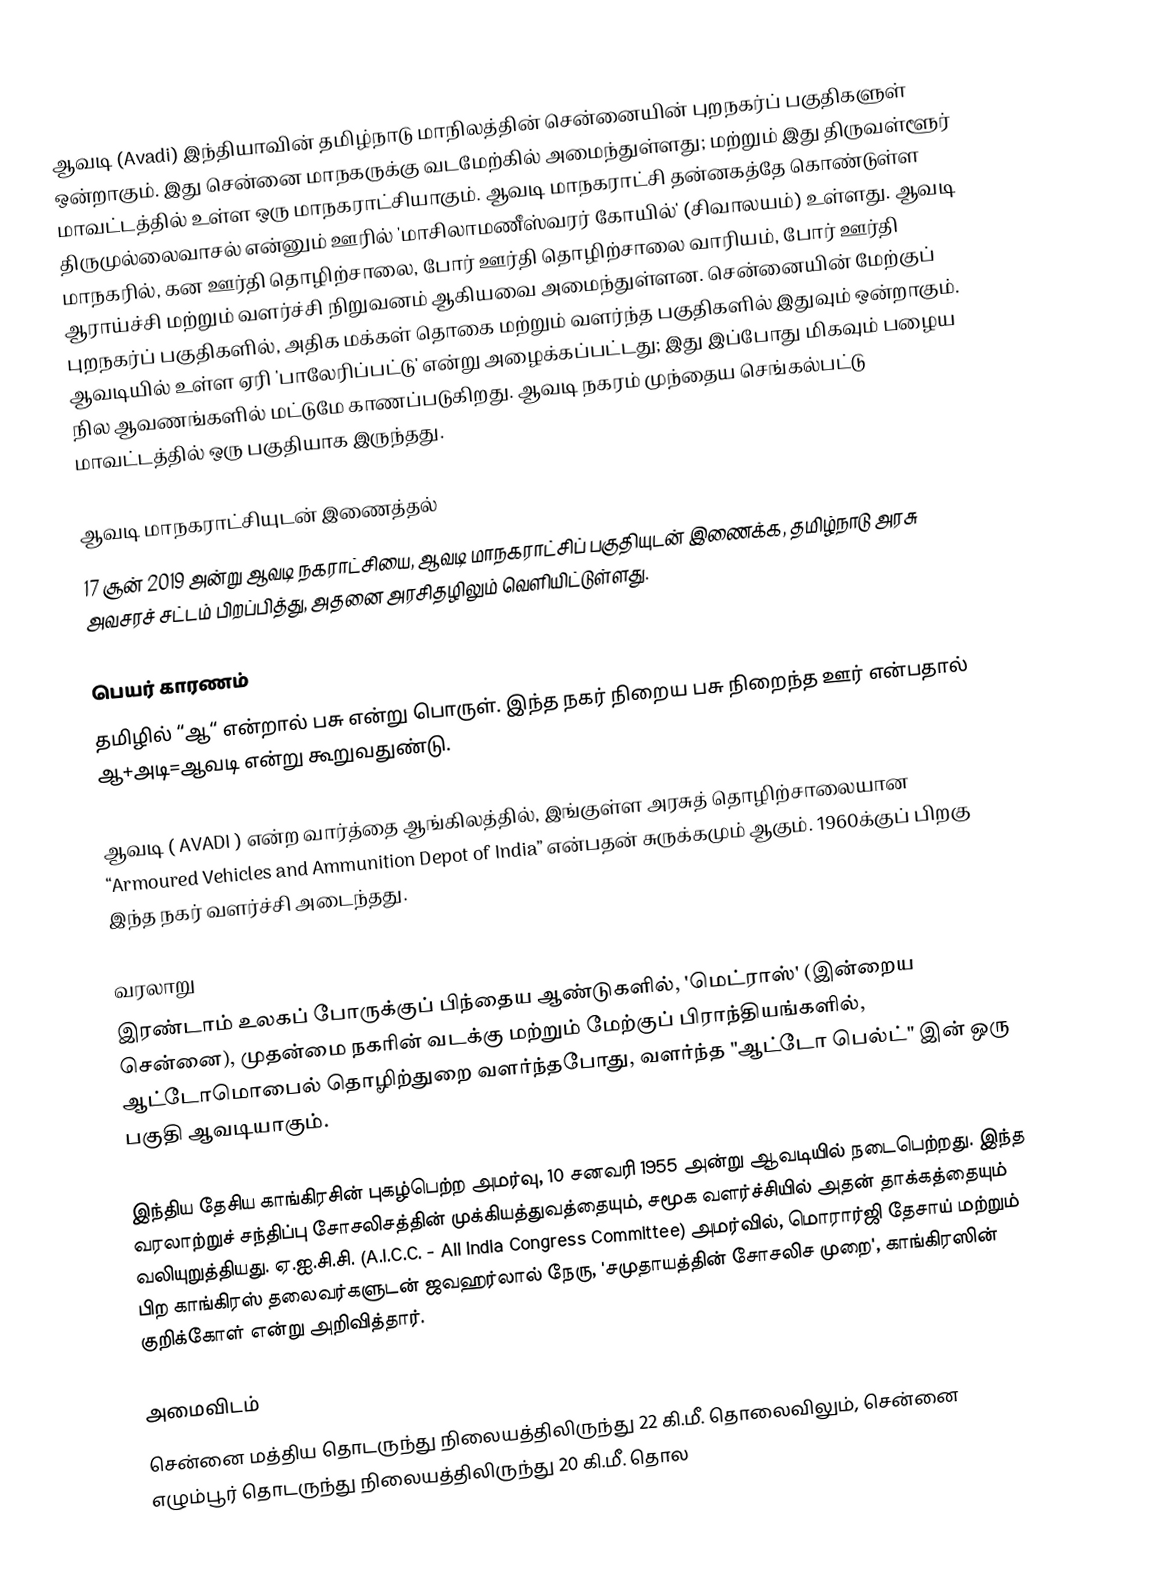
ஆவடி (Avadi) இந்தியாவின் தமிழ்நாடு மாநிலத்தின் சென்னையின் புறநகர்ப் பகுதிகளுள் ஒன்றாகும். இது சென்னை மாநகருக்கு வடமேற்கில் அமைந்துள்ளது; மற்றும் இது திருவள்ளூர் மாவட்டத்தில் உள்ள ஒரு மாநகராட்சியாகும். ஆவடி மாநகராட்சி தன்னகத்தே கொண்டுள்ள திருமுல்லைவாசல் என்னும் ஊரில் 'மாசிலாமணீஸ்வரர் கோயில்' (சிவாலயம்) உள்ளது. ஆவடி மாநகரில், கன ஊர்தி தொழிற்சாலை, போர் ஊர்தி தொழிற்சாலை வாரியம், போர் ஊர்தி ஆராய்ச்சி மற்றும் வளர்ச்சி நிறுவனம் ஆகியவை அமைந்துள்ளன. சென்னையின் மேற்குப் புறநகர்ப் பகுதிகளில், அதிக மக்கள் தொகை மற்றும் வளர்ந்த பகுதிகளில் இதுவும் ஒன்றாகும். ஆவடியில் உள்ள ஏரி 'பாலேரிப்பட்டு' என்று அழைக்கப்பட்டது; இது இப்போது மிகவும் பழைய நில ஆவணங்களில் மட்டுமே காணப்படுகிறது. ஆவடி நகரம் முந்தைய செங்கல்பட்டு மாவட்டத்தில் ஒரு பகுதியாக இருந்தது.

ஆவடி மாநகராட்சியுடன் இணைத்தல்
17 சூன் 2019 அன்று ஆவடி நகராட்சியை, ஆவடி மாநகராட்சிப் பகுதியுடன் இணைக்க, தமிழ்நாடு அரசு அவசரச் சட்டம் பிறப்பித்து,  அதனை அரசிதழிலும்   வெளியிட்டுள்ளது.

பெயர் காரணம்
தமிழில் “ஆ“ என்றால் பசு என்று பொருள். இந்த நகர் நிறைய பசு நிறைந்த ஊர் என்பதால் ஆ+அடி=ஆவடி என்று கூறுவதுண்டு.

ஆவடி ( AVADI ) என்ற வார்த்தை ஆங்கிலத்தில், இங்குள்ள அரசுத் தொழிற்சாலையான  “Armoured Vehicles and Ammunition Depot of India” என்பதன் சுருக்கமும் ஆகும். 1960க்குப் பிறகு இந்த நகர் வளர்ச்சி அடைந்தது.

வரலாறு
இரண்டாம் உலகப் போருக்குப் பிந்தைய ஆண்டுகளில், 'மெட்ராஸ்' (இன்றைய சென்னை), முதன்மை நகரின் வடக்கு மற்றும் மேற்குப் பிராந்தியங்களில், ஆட்டோமொபைல் தொழிற்துறை வளர்ந்தபோது, வளர்ந்த "ஆட்டோ பெல்ட்" இன் ஒரு பகுதி ஆவடியாகும்.

இந்திய தேசிய காங்கிரசின் புகழ்பெற்ற அமர்வு, 10 சனவரி 1955 அன்று ஆவடியில் நடைபெற்றது. இந்த வரலாற்றுச் சந்திப்பு சோசலிசத்தின் முக்கியத்துவத்தையும், சமூக வளர்ச்சியில் அதன் தாக்கத்தையும் வலியுறுத்தியது. ஏ.ஐ.சி.சி. (A.I.C.C. - All India Congress Committee) அமர்வில், மொரார்ஜி தேசாய் மற்றும் பிற காங்கிரஸ் தலைவர்களுடன் ஜவஹர்லால் நேரு, 'சமுதாயத்தின் சோசலிச முறை', காங்கிரஸின் குறிக்கோள் என்று அறிவித்தார்.

அமைவிடம்
சென்னை மத்திய தொடருந்து நிலையத்திலிருந்து 22 கி.மீ. தொலைவிலும், சென்னை எழும்பூர் தொடருந்து நிலையத்திலிருந்து 20 கி.மீ. தொல